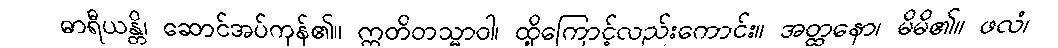
ဓာရီယန္တိ၊ ဆောင်အပ်ကုန်၏။ ဣတိတသ္မာဝါ၊ ထို့ကြောင့်လည်းကောင်း။ အတ္ထနော၊ မိမိ၏။ ဖလံ၊